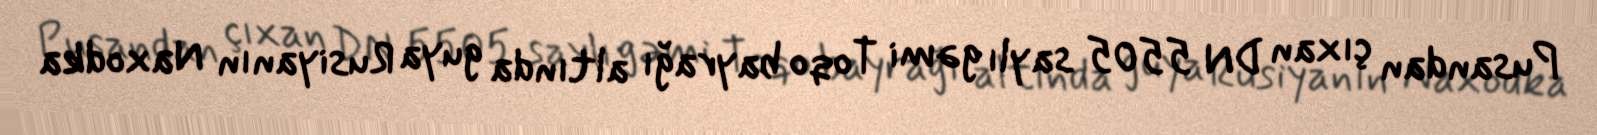
Pusandan çıxan DN 5505 saylı gəmi Toqo bayrağı altında guya Rusiyanın Naxodka